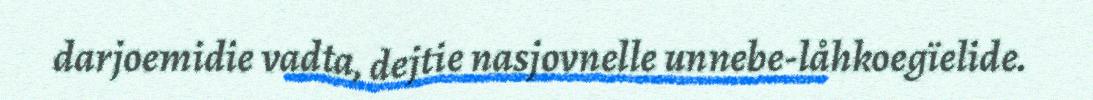
darjoemidie vadta, dejtie nasjovnelle unnebe-låhkoegïelide.